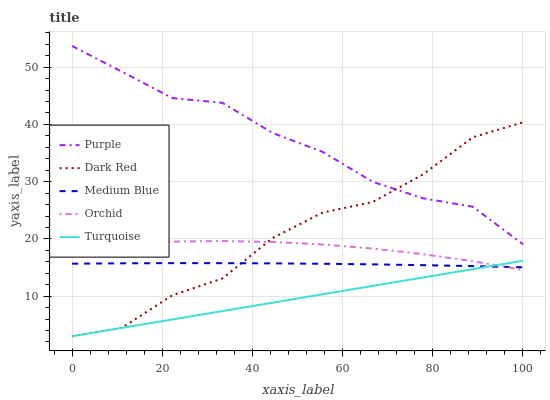
| xaxis_label | Purple | Dark Red | Medium Blue | Orchid | Turquoise |
 | --- | --- | --- | --- | --- | --- |
 | 0 | 53.7 | 3 | 15.7 | 18.5 | 3 |
 | 11.1 | 49.2 | 4.5 | 15.7 | 19.2 | 4.47 |
 | 22.2 | 44.6 | 10.2 | 15.8 | 19.5 | 5.93 |
 | 33.3 | 43.8 | 13.1 | 15.8 | 19.6 | 7.4 |
 | 44.4 | 38.5 | 20.1 | 15.7 | 19.5 | 8.86 |
 | 55.6 | 35.2 | 24.6 | 15.7 | 19 | 10.3 |
 | 66.7 | 30 | 26.5 | 15.6 | 18.3 | 11.8 |
 | 77.8 | 27.1 | 31.2 | 15.4 | 17.3 | 13.3 |
 | 88.9 | 25.6 | 37.8 | 15.2 | 16.1 | 14.7 |
 | 100 | 19.1 | 40.4 | 15 | 14.6 | 16.2 |